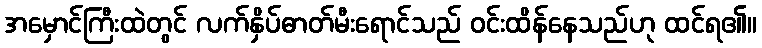
အမှောင်ကြီးထဲတွင် လက်နှိပ်ဓာတ်မီးရောင်သည် ဝင်းထိန်နေသည်ဟု ထင်ရ၏။